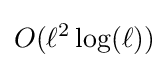
O(\ell ^{2}\log(\ell ))